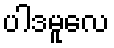
ပါဒမူလေ